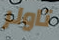
تاولر